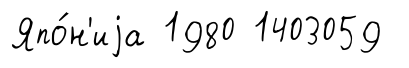
Япо́н'иjа 1980 1403059